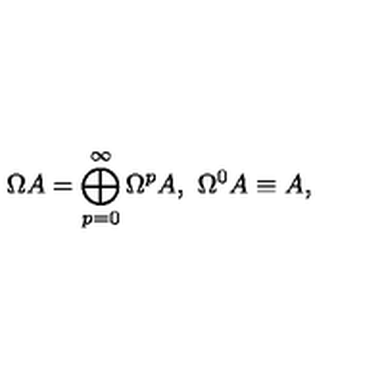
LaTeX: \Omega A = \bigoplus _ { p = 0 } ^ { \infty } \Omega ^ { p } A , \ \Omega ^ { 0 } A \equiv A ,